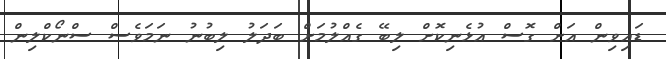
ޑައިވިން އަށް ގޮސް އުޅެނިކޮށް ލިބޭ ގެއްލުމަށް ބަދަލު ލިބުނު ނަމަވެސް ސްނޯކްލިން